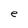
Character: e